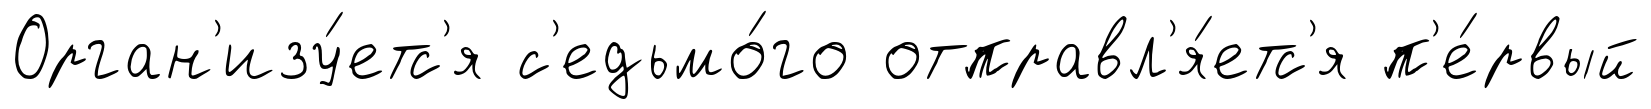
Орган'изу́етс'я с'едьмо́го отправл'я́етс'я п'е́рвый